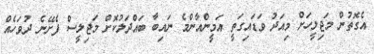
އެގޮތުން މަޖިލީހަށް މިއަދު ވަޑައިގަތީ އަމީންއާންމެ ނައިބާ ބައްދަލުކޮށް މަޖިލީސް ފެށޭނެ ދުވަހެއް